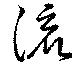
流